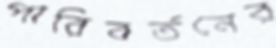
পারিবর্তনের